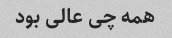
همه چی عالی بود